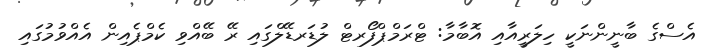
އެސްގެ ބާނީންނަކީ ހިލަރީއާއި އޮބާމާ: ޓްރަމްޕްފޯރޓް ލުޑަރޑޭލްގައި ރޭ ބޭއްވި ކެމްޕެއިން އެއްވުމުގައި